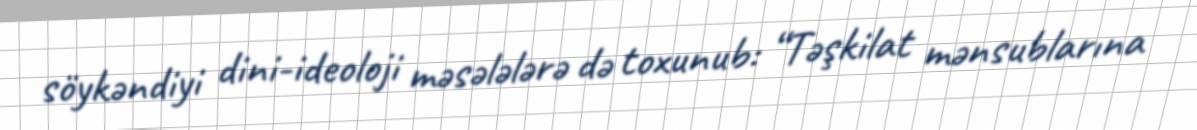
söykəndiyi dini-ideoloji məsələlərə də toxunub: “Təşkilat mənsublarına